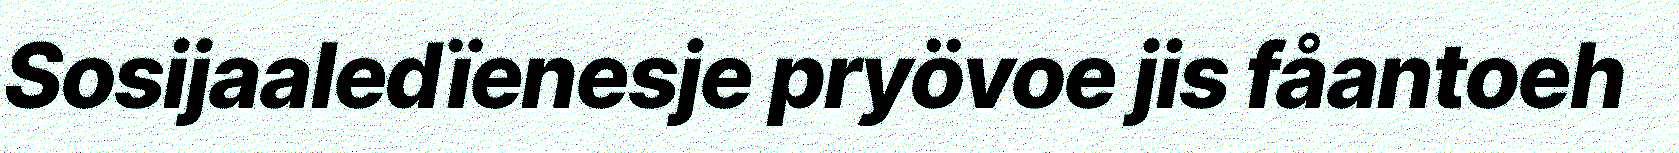
Sosijaaledïenesje pryövoe jis fåantoeh